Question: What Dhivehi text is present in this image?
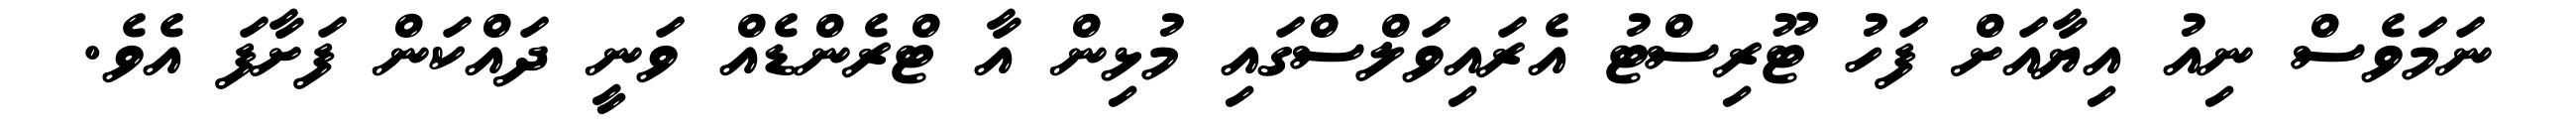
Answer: ނަމަވެސް ނިއު އިޔާއަށް ފަހު ޓޫރިސްޓު އެރައިވަލްސްގައި މުޅިން އާ ޓްރެންޑެއް ވަނީ ދައްކަން ފަށާފަ އެވެ.